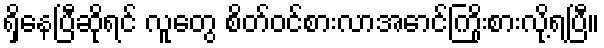
ရှိနေပြီဆိုရင် လူတွေ စိတ်ဝင်စားလာအောင်ကြိုးစားလို့ရပြီ။